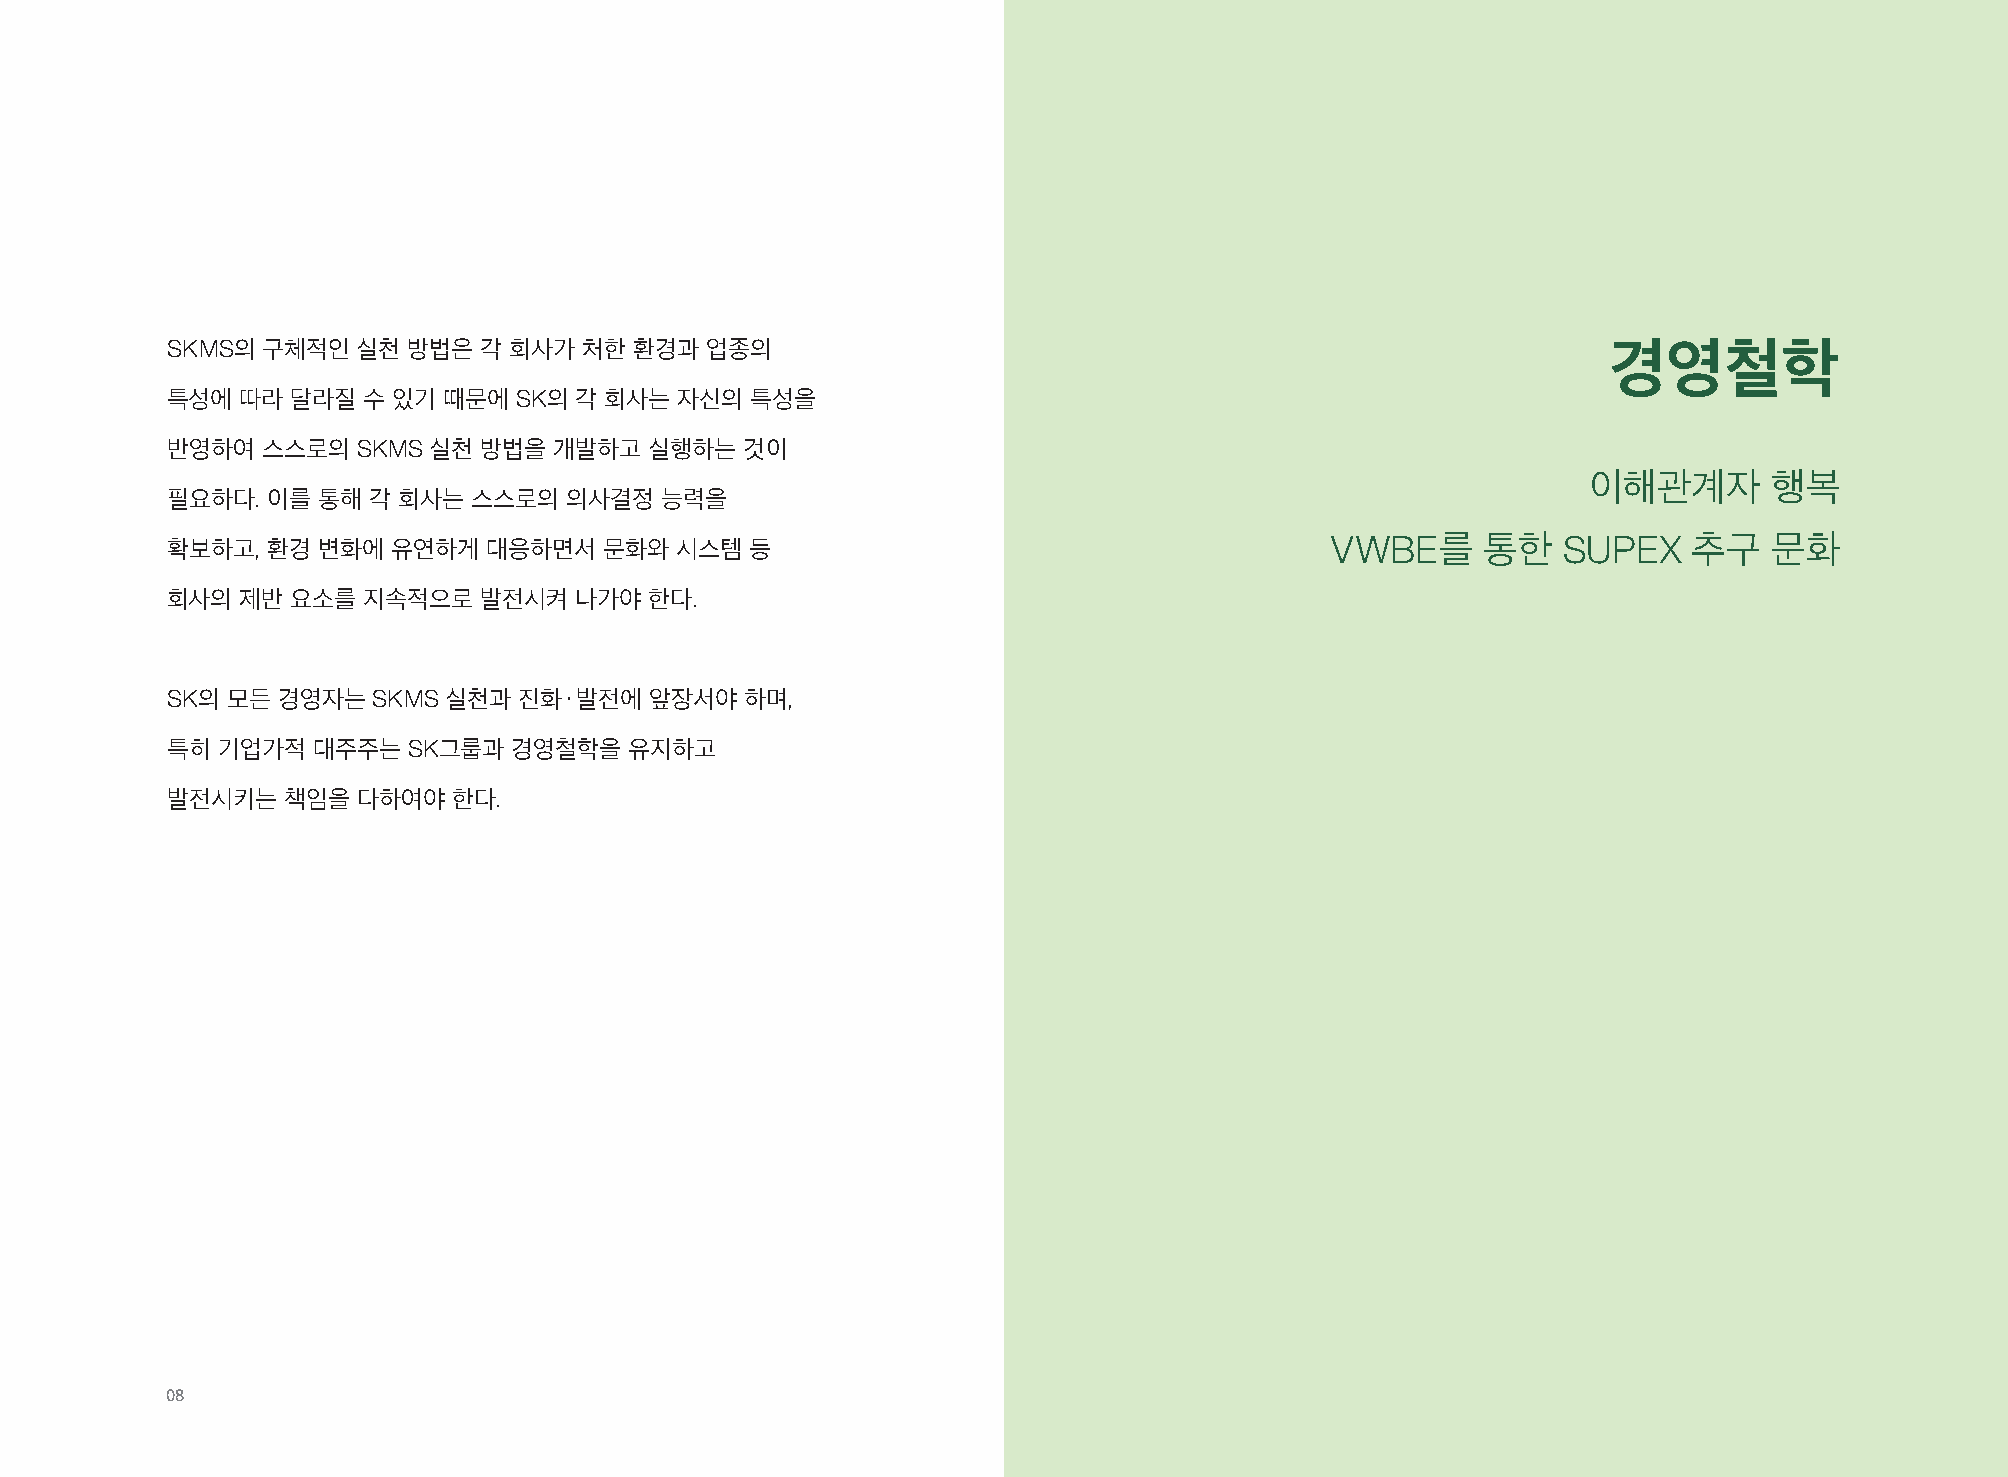
SKMS의 구체적인   실천 방법은  각 회사가  처한 환경과  업종의                                                         경영철학
 특성에  따라 달라질  수 있기 때문에  SK의 각 회사는  자신의  특성을
 반영하여  스스로의   SKMS 실천 방법을  개발하고  실행하는  것이
 이해관계자       행복
 필요하다.  이를 통해 각 회사는  스스로의  의사결정   능력을
 확보하고,  환경 변화에  유연하게  대응하면서   문화와  시스템  등                                     VWBE를     통한   SUPEX    추구   문화
 회사의  제반 요소를  지속적으로   발전시켜  나가야  한다.
 SK의 모든 경영자는   SKMS 실천과 진화·발전에   앞장서야  하며,
 특히 기업가적   대주주는  SK그룹과  경영철학을   유지하고
 발전시키는   책임을  다하여야  한다.
 08